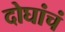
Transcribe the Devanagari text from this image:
दोघांचं